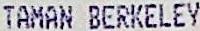
TAMAN BERKELEY